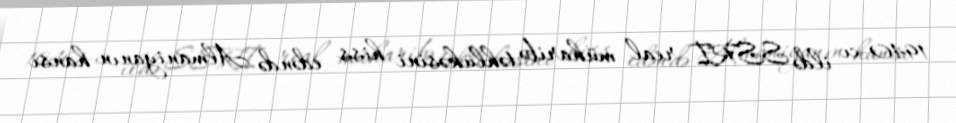
1940-cı ildə SSRİ real müharibə təhlükəsini hiss edəndə Almaniyanın hansı